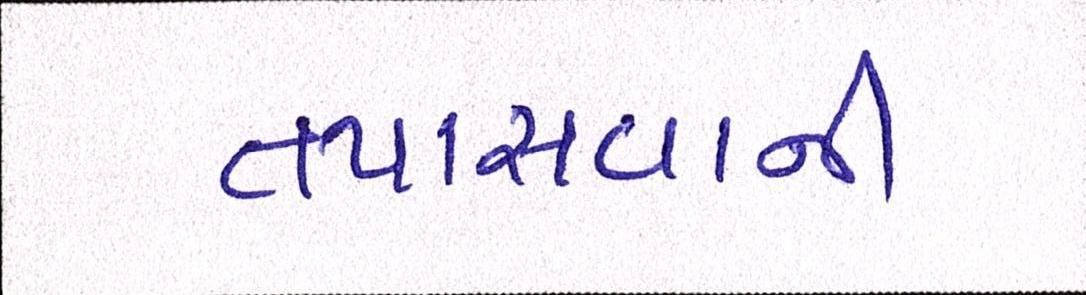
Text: તપાસવાની